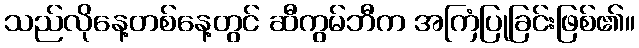
သည်လိုနေ့တစ်နေ့တွင် ဆီကွမ်ဘီက အကြံပြုခြင်းဖြစ်၏။